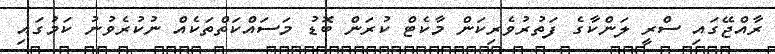
ރާއްޖޭގައި ސްރީ ލަންކާގެ ފަތުރުވެރިކަން މާކެޓް ކުރަން ބޮޑު މަސައްކަތްތަކެއް ނުކުރެވުނު ކަމުގައި